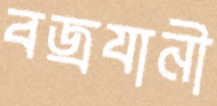
বজ্রযানী